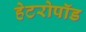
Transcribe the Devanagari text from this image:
हेटरोपॉड